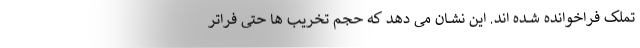
تملک فراخوانده شــده اند. این نشــان می دهد که حجم تخریب ها حتی فراتر